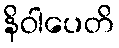
နိဝါပေတိ